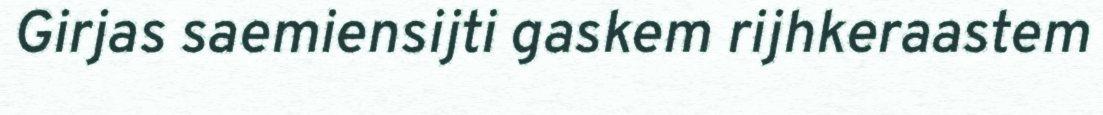
Girjas saemiensijti gaskem rijhkeraastem